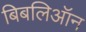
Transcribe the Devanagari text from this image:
बिबलिऑन